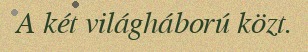
A két világháború közt.